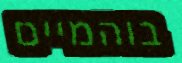
בוהמיים